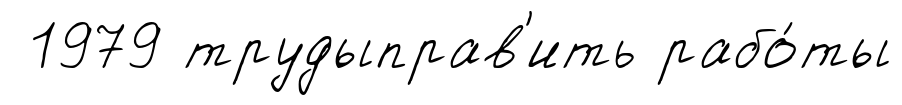
1979 трудыправ'ить рабо́ты